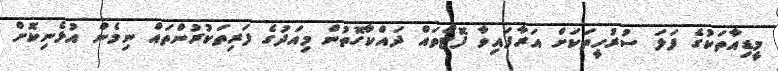
މީޑިއާތަކުގެ ފަލަ ސުރުހީތަކަށް އަރާފައިވާ ފޮޓޯތައް ދައްކާގޮތުން މިއަދުގެ ފަރިތަކުރުންތައް ނިމެން އުޅެނިކޮށް